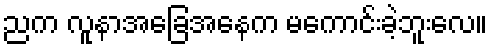
ညက လူနာအခြေအနေက မကောင်းခဲ့ဘူးလေ။